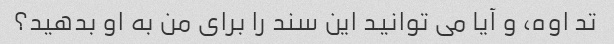
تد اوه، و آیا می توانید این سند را برای من به او بدهید؟